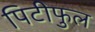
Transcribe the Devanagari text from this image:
पिटीफुल